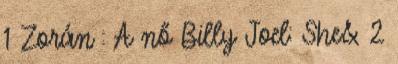
1 Zorán : A nő Billy Joel: She& 2